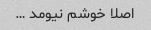
اصلا خوشم نیومد …